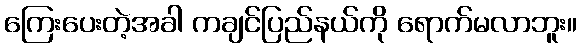
ကြေးပေးတဲ့အခါ ကချင်ပြည်နယ်ကို ရောက်မလာဘူး။